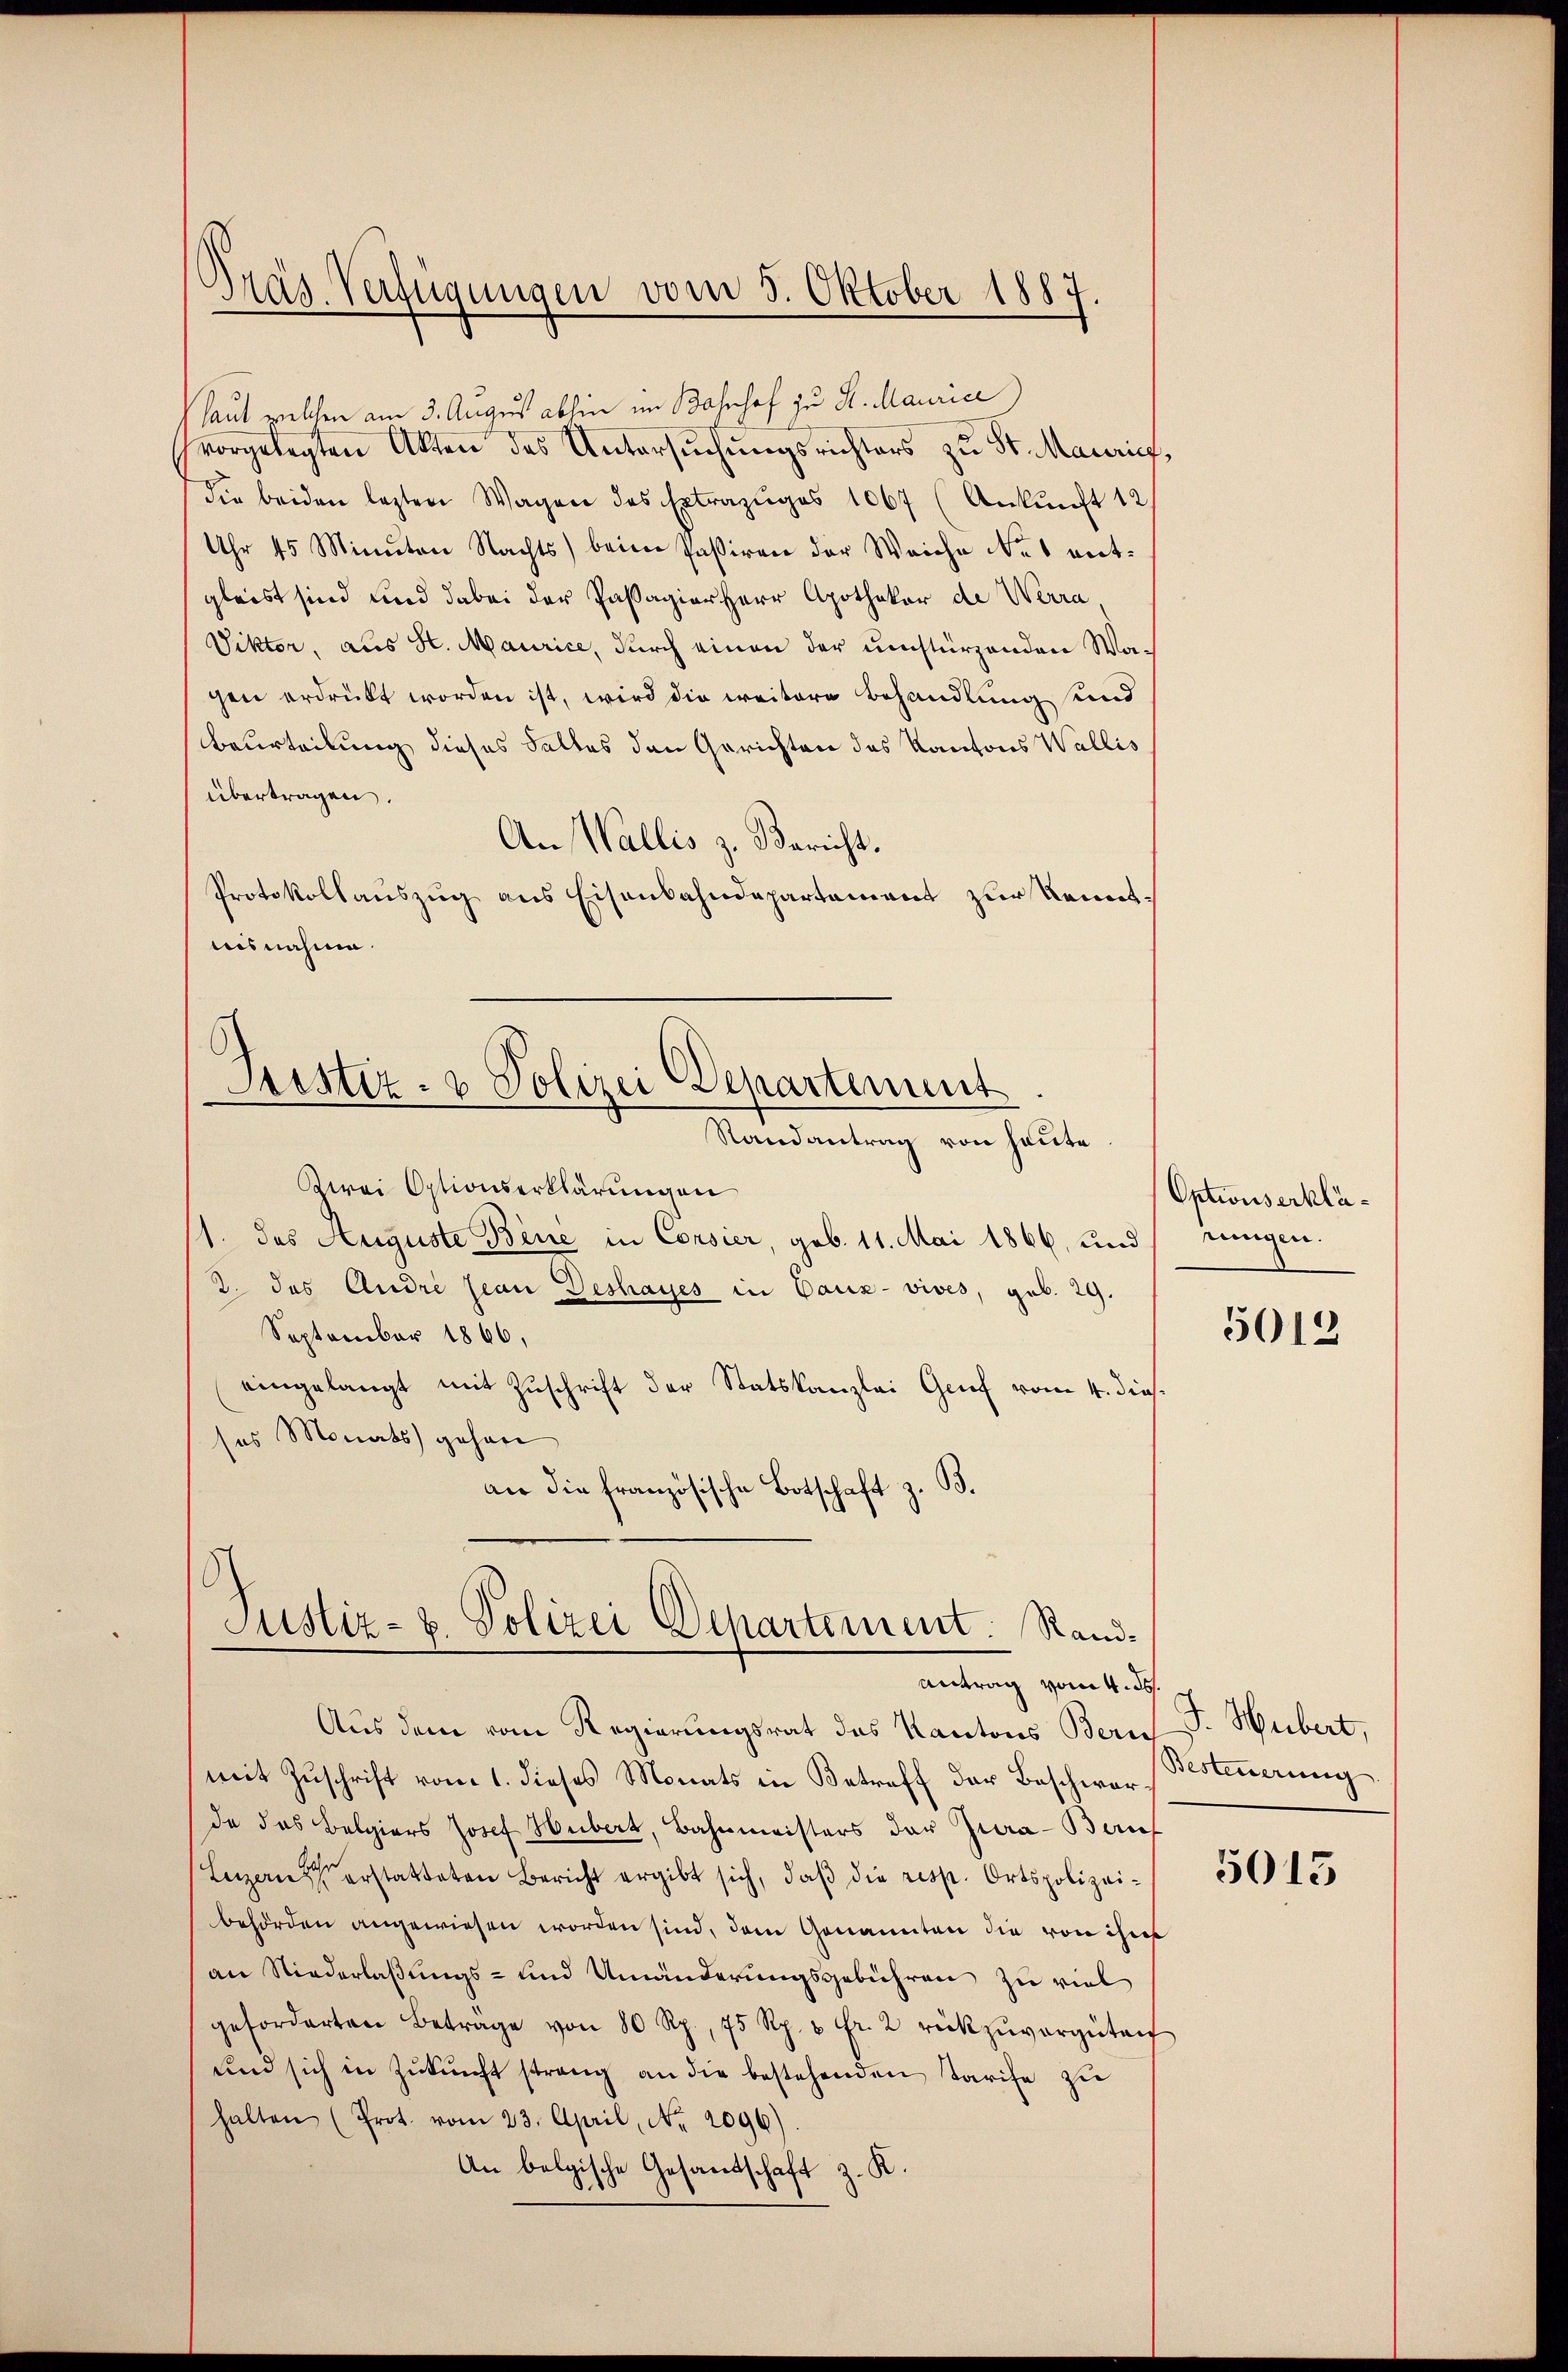
Tras Verfügungen vom 5. Oktober 1887.

laut welchen am 3. August abhin im Bahnhof zu S. Maurice)
vorgelegten Akten des Untersuchungsrichters zu St. Maurich,
die beiden lezten Wagen des Extrazuges 1067 (Ankunft 12/
Uhr 45 Minuten Nachts beim Passiren der Weiche Nes ent-
gleist sind und dabei der Passagior Herr Apothekar de Werra
Viktor, aus St. Maurice, durch einen der umstürzenden Wagen erdrückt worden ist, wird die weitere Behandlung sind
Beurteilung dieses Falles den Gerichten des Kantons Wallis
übertragen.
An Wallis z. Bericht.
Protokollauszug aus Eisenbahndepartement zur Kenntnisnahme.
Justiz- & Polizei Departement
Randantrag von heute
Kwrei Optionserklärungen
1. des Auguste Bise in Consier, geb. 11. Mai 1866, und rungen.
2. das Andre pian Deshayes in Bauz- vives, geb. 29.
September 1866,
eingelangt mit Zuschrift der Statskanzlei Genf vom 4. dies
ses Monats gehen
an die französische Botschaft z. B.

Justiz- & Polizei Departement. Rand¬
Antrag vom 4. ds.

Optionserklä¬

Aus dem vom Regierungsrat des Kantons Zürich
mit Zuschrift vom 1. dieses Monats in Betreff der Beschwer Besteuerung
da das Belgiers Josef Hubert, Bahnmeisters der Jura-Beruf
Luzern erstatteten Bericht ergibt sich, daβ die resp. Ortspolizeibehörden angewiesen worden sind, dem Genannten die von ihn
an Niederlaßungs- und Umänderungsgebühren zu viel
geforderten Betrage von 80 Rp., 75 Rp. u. fr. 2 rückzŭvergüten
und sich in Zŭkŭnft streng an die bestehenden Tarife zu
halten (Prot. vom 23. April, No. 2096).
An belgische Gesandschaft z. K.

5013

J. Hubert,

5013